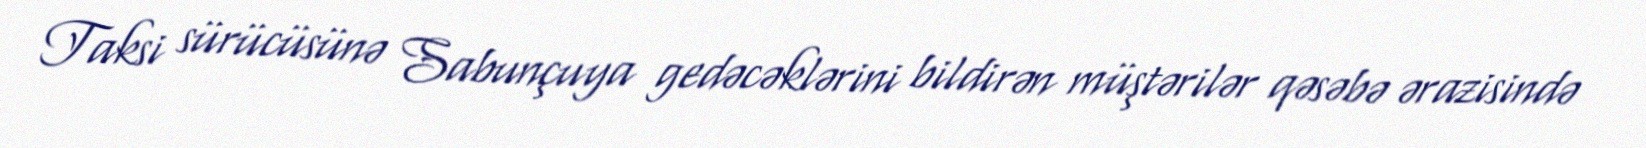
Taksi sürücüsünə Sabunçuya gedəcəklərini bildirən müştərilər qəsəbə ərazisində